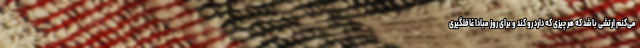
می‌کنم ارتشی باشد که هر چیزی که دارد رو کند و برای روز مبادا غافلگیری